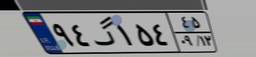
۹۴گ۱۵۴۴۵